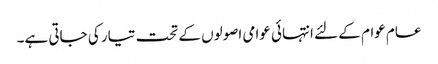
عام عوام کے لئے انتہائی عوامی اصولوں کے تحت تیار کی جاتی ہے۔